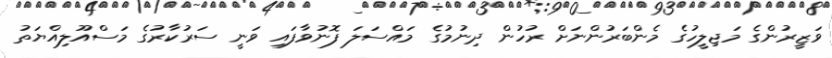
ވަޒީރުންގެ މަޖިލީހުގެ މެންބަރުންނަށް ރުހުން ދިނުމުގެ މައްސަލަ ފޮނުވާފައި ވަނީ ސަރުކާރުގެ މަސްއޫލިއްޔަތު